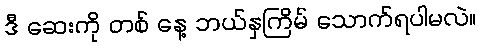
ဒီ ဆေးကို တစ် နေ့ ဘယ်နှကြိမ် သောက်ရပါမလဲ။